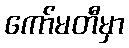
ကော်မတီမှာ